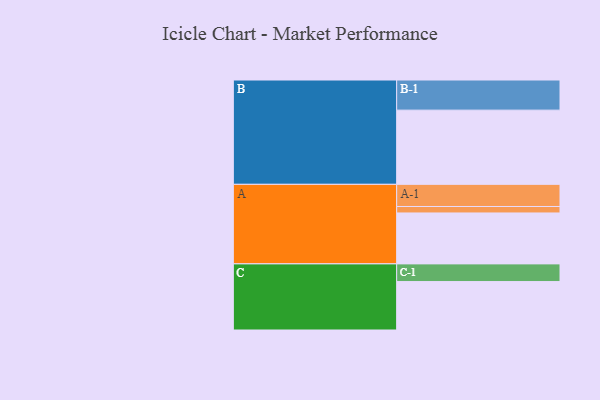
{"axis": {"x": "Segment", "y": "Value"}, "legend": ["", "A", "B", "C"], "data": [{"x": "A", "y": 409, "type": ""}, {"x": "B", "y": 596, "type": ""}, {"x": "C", "y": 389, "type": ""}, {"x": "A-1", "y": 178, "type": "A"}, {"x": "A-2", "y": 52, "type": "A"}, {"x": "B-1", "y": 242, "type": "B"}, {"x": "C-1", "y": 142, "type": "C"}]}